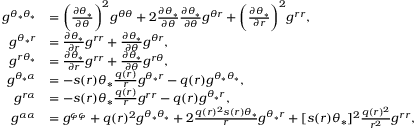
\begin{array} { r l } { g ^ { \theta _ { * } \theta _ { * } } } & { = \bigg ( \frac { \partial \theta _ { * } } { \partial \theta } \bigg ) ^ { 2 } g ^ { \theta \theta } + 2 \frac { \partial \theta _ { * } } { \partial \theta } \frac { \partial \theta _ { * } } { \partial \theta } g ^ { \theta r } + \bigg ( \frac { \partial \theta _ { * } } { \partial r } \bigg ) ^ { 2 } g ^ { r r } , } \\ { g ^ { \theta _ { * } r } } & { = \frac { \partial \theta _ { * } } { \partial r } g ^ { r r } + \frac { \partial \theta _ { * } } { \partial \theta } g ^ { \theta r } , } \\ { g ^ { r \theta _ { * } } } & { = \frac { \partial \theta _ { * } } { \partial r } g ^ { r r } + \frac { \partial \theta _ { * } } { \partial \theta } g ^ { r \theta } , } \\ { g ^ { \theta _ { * } \alpha } } & { = - s ( r ) \theta _ { * } \frac { q ( r ) } { r } g ^ { \theta _ { * } r } - q ( r ) g ^ { \theta _ { * } \theta _ { * } } , } \\ { g ^ { r \alpha } } & { = - s ( r ) \theta _ { * } \frac { q ( r ) } { r } g ^ { r r } - q ( r ) g ^ { \theta _ { * } r } , } \\ { g ^ { \alpha \alpha } } & { = g ^ { \varphi \varphi } + q ( r ) ^ { 2 } g ^ { \theta _ { * } \theta _ { * } } + 2 \frac { q ( r ) ^ { 2 } s ( r ) \theta _ { * } } { r } g ^ { \theta _ { * } r } + [ s ( r ) \theta _ { * } ] ^ { 2 } \frac { q ( r ) ^ { 2 } } { r ^ { 2 } } g ^ { r r } , } \end{array}